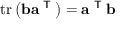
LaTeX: \operatorname { t r } \left( \mathbf { b } \mathbf { a } ^ { \textsf { T } } \right) = \mathbf { a } ^ { \textsf { T } } \mathbf { b }